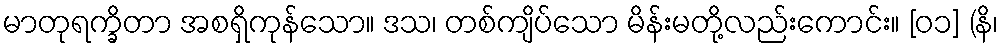
မာတုရက္ခိတာ အစရှိကုန်သော။ ဒသ၊ တစ်ကျိပ်သော မိန်းမတို့လည်းကောင်း။ [၀၁] (နိ၊